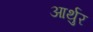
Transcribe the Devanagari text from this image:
आर्थुर